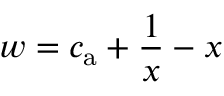
{ w = c _ { \mathrm { a } } + \frac { 1 } { x } - x }